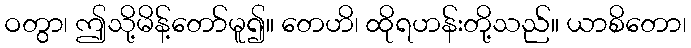
ဝတွာ၊ ဤသို့မိန့်တော်မူ၍။ တေဟိ၊ ထိုရဟန်းတို့သည်။ ယာစိတော၊